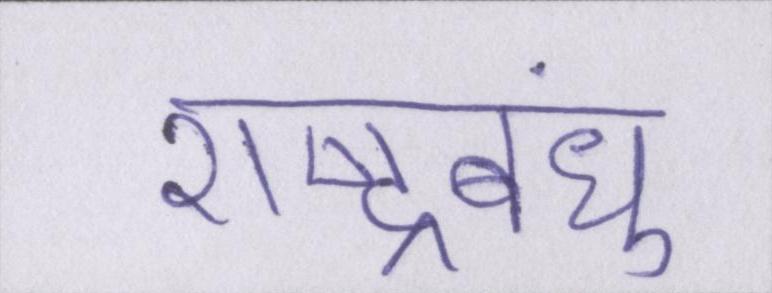
राष्ट्रबंधु